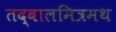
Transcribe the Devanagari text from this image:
तद्बालमित्रमथ